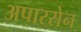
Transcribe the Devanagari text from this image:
अपारसेन